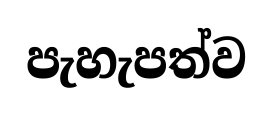
පැහැපත්ව